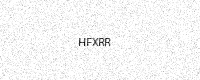
Text: HFXRR